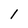
Character: 1